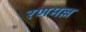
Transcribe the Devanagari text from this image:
रणमल्ल